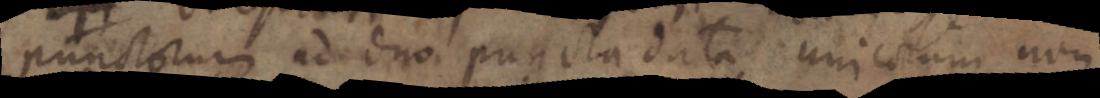
punctorum ad duo puncta data unicorum non